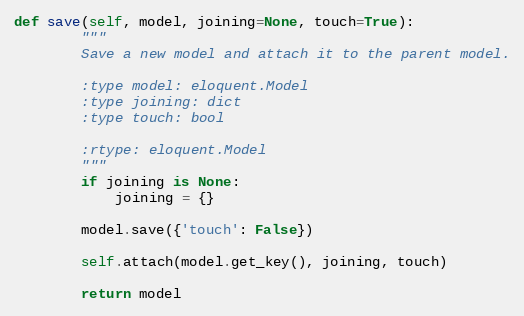
Language: Python
def save(self, model, joining=None, touch=True):
        """
        Save a new model and attach it to the parent model.

        :type model: eloquent.Model
        :type joining: dict
        :type touch: bool

        :rtype: eloquent.Model
        """
        if joining is None:
            joining = {}

        model.save({'touch': False})

        self.attach(model.get_key(), joining, touch)

        return model